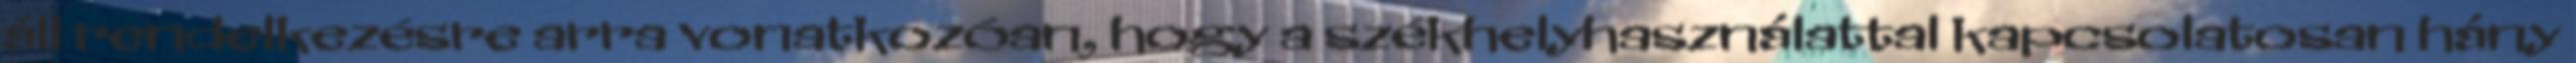
áll rendelkezésre arra vonatkozóan, hogy a székhelyhasználattal kapcsolatosan hány